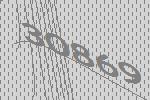
30869